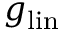
g _ { \mathrm { l i n } }